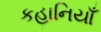
કહાનિયાઁ